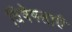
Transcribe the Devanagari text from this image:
विषेषताएँ